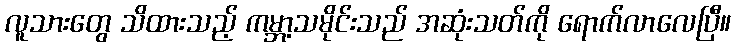
လူသားတွေ သိထားသည့် ကမ္ဘာ့သမိုင်းသည် အဆုံးသတ်ကို ရောက်လာလေပြီ။